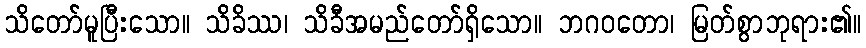
သိတော်မူပြီးသော။ သိခိဿ၊ သိခီအမည်တော်ရှိသော။ ဘဂဝတော၊ မြတ်စွာဘုရား၏။